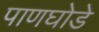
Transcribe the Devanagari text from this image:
पाणघोडे